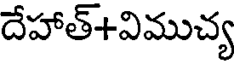
దేహాత్+విముచ్య